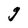
Character: g